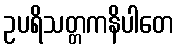
ဥပရိသတ္တကနိပါတေ